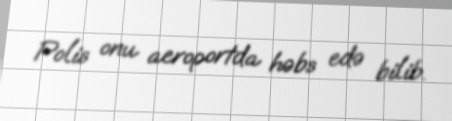
Polis onu aeroportda həbs edə bilib.